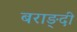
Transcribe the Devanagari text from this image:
बराङ्दी